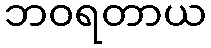
ဘဝရတာယ